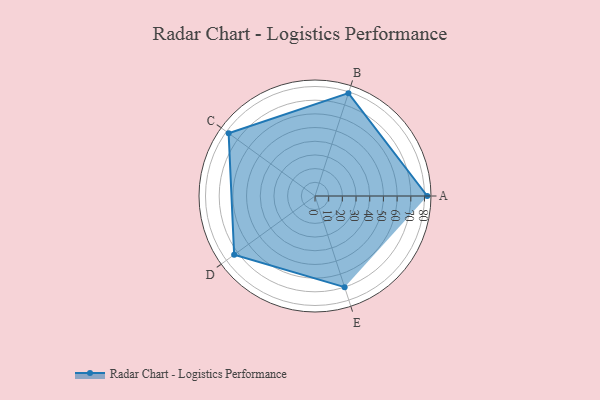
{"axis": {"x": "Skill", "y": "Score"}, "legend": ["Profile"], "data": [{"x": "A", "y": 82.0, "type": "Profile"}, {"x": "B", "y": 79.0, "type": "Profile"}, {"x": "C", "y": 78.0, "type": "Profile"}, {"x": "D", "y": 73.0, "type": "Profile"}, {"x": "E", "y": 70.0, "type": "Profile"}]}